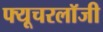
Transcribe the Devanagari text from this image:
फ्यूचरलॉजी